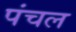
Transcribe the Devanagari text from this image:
पंचल